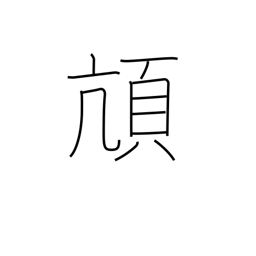
Meaning: alight